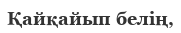
Қайқайып белің,